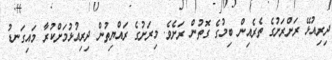
ދިރިއުޅޭ ރަށްރަށުގެ ތެރެއިން ބިމުގެ ގޮތުން ރަށެވެ. މިރަށުގެ ރައްޔިތުން ދިރިއުޅުމަށްކުރާ މައިގަނޑު